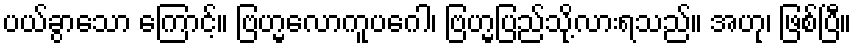
ပယ်ခွာသော ကြောင့်။ ဗြဟ္မလောကူပဂေါ၊ ဗြဟ္မပြည်သို့လားရသည်။ အဟု၊ ဖြစ်ပြီ။